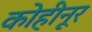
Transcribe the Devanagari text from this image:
कोहीनूर